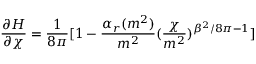
\frac { \partial H } { \partial \chi } = \frac { 1 } { 8 \pi } [ 1 - \frac { \alpha _ { r } ( m ^ { 2 } ) } { m ^ { 2 } } ( \frac { \chi } { m ^ { 2 } } ) ^ { \beta ^ { 2 } / 8 \pi - 1 } ]